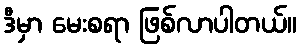
ဒီမှာ မေးစရာ ဖြစ်လာပါတယ်။